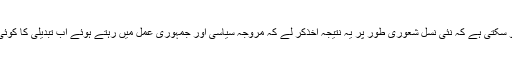
دوسری صورت یہ ہو سکتی ہے کہ نئی نسل شعوری طور پر یہ نتیجہ اخذکر لے کہ مروجہ سیاسی اور جمہوری عمل میں رہتے ہوئے اب تبدیلی کا کوئی امکان باقی نہیں رہا۔